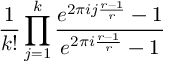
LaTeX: \frac { 1 } { k ! } \prod _ { j = 1 } ^ { k } \frac { e ^ { 2 \pi i j \frac { r - 1 } { r } } - 1 } { e ^ { 2 \pi i \frac { r - 1 } { r } } - 1 }